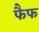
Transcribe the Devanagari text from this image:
फैफ